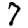
Digit: 7